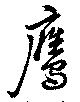
鷹